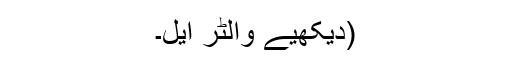
(دیکھیے والٹر ایل۔